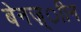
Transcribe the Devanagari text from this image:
बेनज़्ाीन